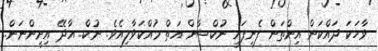
ވާހަކަ ދައްކަން އިންތަން ފެނިފައި ނުކްޝާން އަތް މުއްކަވާލިއެވެ. ނުކް.. އާދޭ އިށީންނަން..